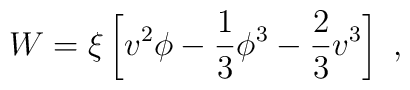
W=\xi\left[v^2\phi-{1\over 3}\phi^3-{2\over 3} v^3\right]~,